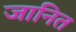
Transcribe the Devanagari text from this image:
जानित